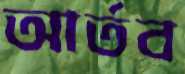
আর্তব